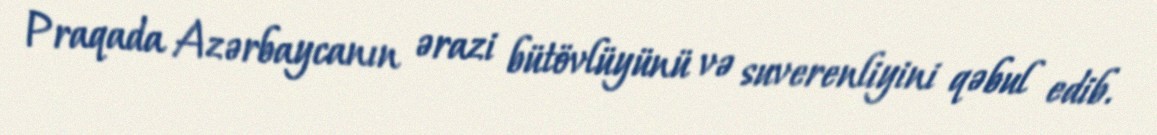
Praqada Azərbaycanın ərazi bütövlüyünü və suverenliyini qəbul edib.